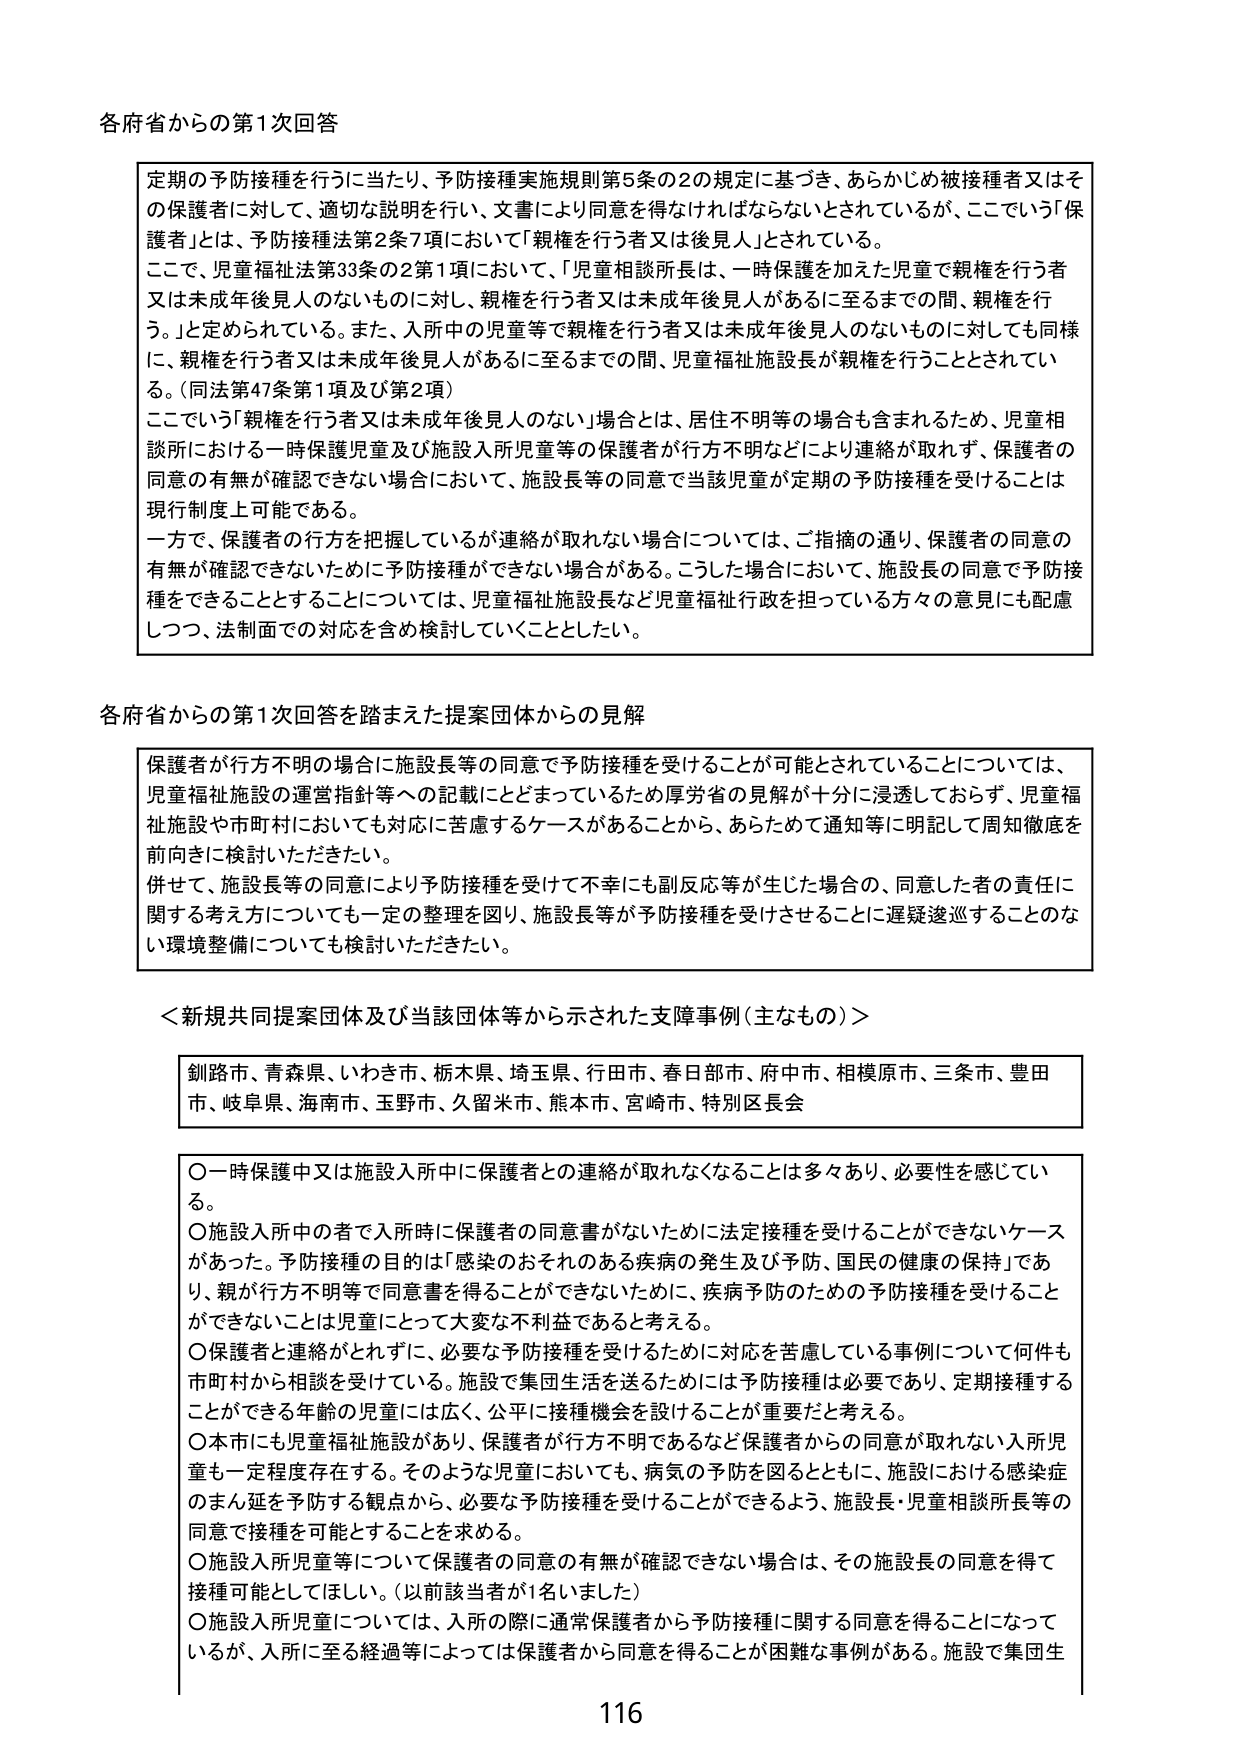
各府省からの第1次回答

定期の予防接種を行うに当たり、予防接種実施規則第5条の2の規定に基づき、あらかじめ被接種者又はその保護者に対して、適切な説明を行い、文書により同意を得なければならないとされているが、ここでいう「保護者」とは、予防接種法第2条7項において「親権を行う者又は後見人」とされている。

ここで、児童福祉法第33条の2第1項において、「児童相談所長は、一時保護を加えた児童で親権を行う者又は未成年後見人のないものに対し、親権を行う者又は未成年後見人があるに至るまでの間、親権を行う。」と定められている。また、入所中の児童等で親権を行う者又は未成年後見人のないものに対しても同様に、親権を行う者又は未成年後見人があるに至るまでの間、児童福祉施設長が親権を行うこととされている。（同法第47条第1項及び第2項）

ここでいう「親権を行う者又は未成年後見人のない」場合とは、居住不明等の場合も含まれるため、児童相談所における一時保護児童及び施設入所児童等の保護者が行方不明などにより連絡が取れず、保護者の同意の有無が確認できない場合において、施設長等の同意で当該児童が定期の予防接種を受けることは現行制度上可能である。

一方で、保護者の行方を把握しているが連絡が取れない場合については、ご指摘の通り、保護者の同意の有無が確認できないために予防接種ができない場合がある。こうした場合において、施設長の同意で予防接種をできることとすることについては、児童福祉施設長など児童福祉行政を担っている方々の意見にも配慮しつつ、法制面での対応を含め検討していくこととしたい。

各府省からの第1次回答を踏まえた提案団体からの見解

保護者が行方不明の場合に施設長等の同意で予防接種を受けることが可能とされていることについては、児童福祉施設の運営指針等への記載にとどまっているため厚労省の見解が十分に浸透しておらず、児童福祉施設や市町村においても対応に苦慮するケースがあることから、あらためて通知等に明記して周知徹底を前向きに検討いただきたい。

併せて、施設長等の同意により予防接種を受けて不幸にも副反応等が生じた場合の、同意した者の責任に関する考え方についても一定の整理を図り、施設長等が予防接種を受けさせることに遅疑逡巡することのない環境整備についても検討いただきたい。

＜新規共同提案団体及び当該団体等から示された支障事例（主なもの）＞

釧路市、青森県、いわき市、栃木県、埼玉県、行田市、春日部市、府中市、相模原市、三条市、豊田市、岐阜県、海南市、玉野市、久留米市、熊本市、宮崎市、特別区長会

○一時保護中又は施設入所中に保護者との連絡が取れなくなることは多々あり、必要性を感じている。

○施設入所中の者で入所時に保護者の同意書がないために法定接種を受けることができないケースがあった。予防接種の目的は「感染のおそれのある疾病の発生及び予防、国民の健康の保持」であり、親が行方不明等で同意書を得ることができないために、疾病予防のための予防接種を受けることができないことは児童にとって大変な不利益であると考える。

○保護者と連絡がとれずに、必要な予防接種を受けるために対応を苦慮している事例について何件も市町村から相談を受けている。施設で集団生活を送るためには予防接種は必要であり、定期接種することができる年齢の児童には広く、公平に接種機会を設けることが重要だと考える。

○本市にも児童福祉施設があり、保護者が行方不明であるなど保護者からの同意が取れない入所児童も一定程度存在する。そのような児童においても、病気の予防を図るとともに、施設における感染症のまん延を予防する観点から、必要な予防接種を受けることができるよう、施設長・児童相談所長等の同意で接種を可能とすることを求める。

○施設入所児童等について保護者の同意の有無が確認できない場合は、その施設長の同意を得て接種可能としてほしい。（以前該当者が1名いました）

○施設入所児童については、入所の際に通常保護者から予防接種に関する同意を得ることになっているが、入所に至る経過等によっては保護者から同意を得ることが困難な事例がある。施設で集団生

116